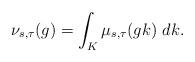
LaTeX: \begin{align*}\nu_{s,\tau}(g)=\int_{K}\mu_{s,\tau}(gk)~dk.\end{align*}